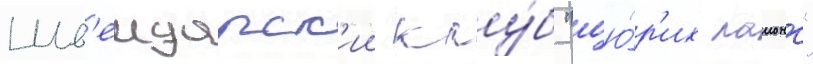
Шв'еицарск'ии клу́б "цю́р'их лаионс"